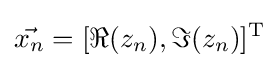
{\vec {x_{n}}}=[\Re (z_{n}),\Im (z_{n})]^{\mathrm {T} }